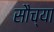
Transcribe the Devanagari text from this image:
सौच्या